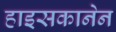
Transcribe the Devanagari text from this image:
हाइसकानेन